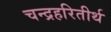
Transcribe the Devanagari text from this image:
चन्द्रहरितीर्थ